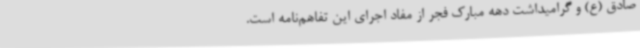
صادق (ع) و گرامیداشت دهه مبارک فجر از مفاد اجرای این تفاهم‌نامه است.